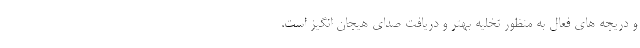
و دریچه های فعال به منظور تخلیه بهتر و دریافت صدای هیجان انگیز است.